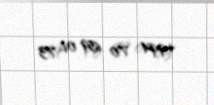
+994 70 659 01 73